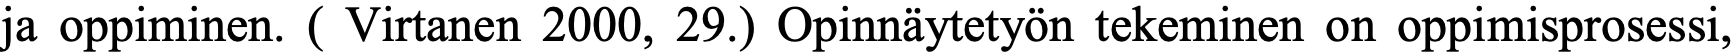
ja oppiminen. ( Virtanen 2000, 29.) Opinnäytetyön tekeminen on oppimisprosessi,